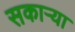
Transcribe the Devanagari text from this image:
सकाऱ्या